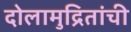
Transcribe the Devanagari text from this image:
दोलामुद्रितांची